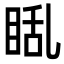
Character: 𪾬